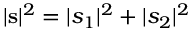
| \mathbf { s } | ^ { 2 } = | s _ { 1 } | ^ { 2 } + | s _ { 2 } | ^ { 2 }